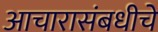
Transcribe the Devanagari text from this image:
आचारासंबधीचे